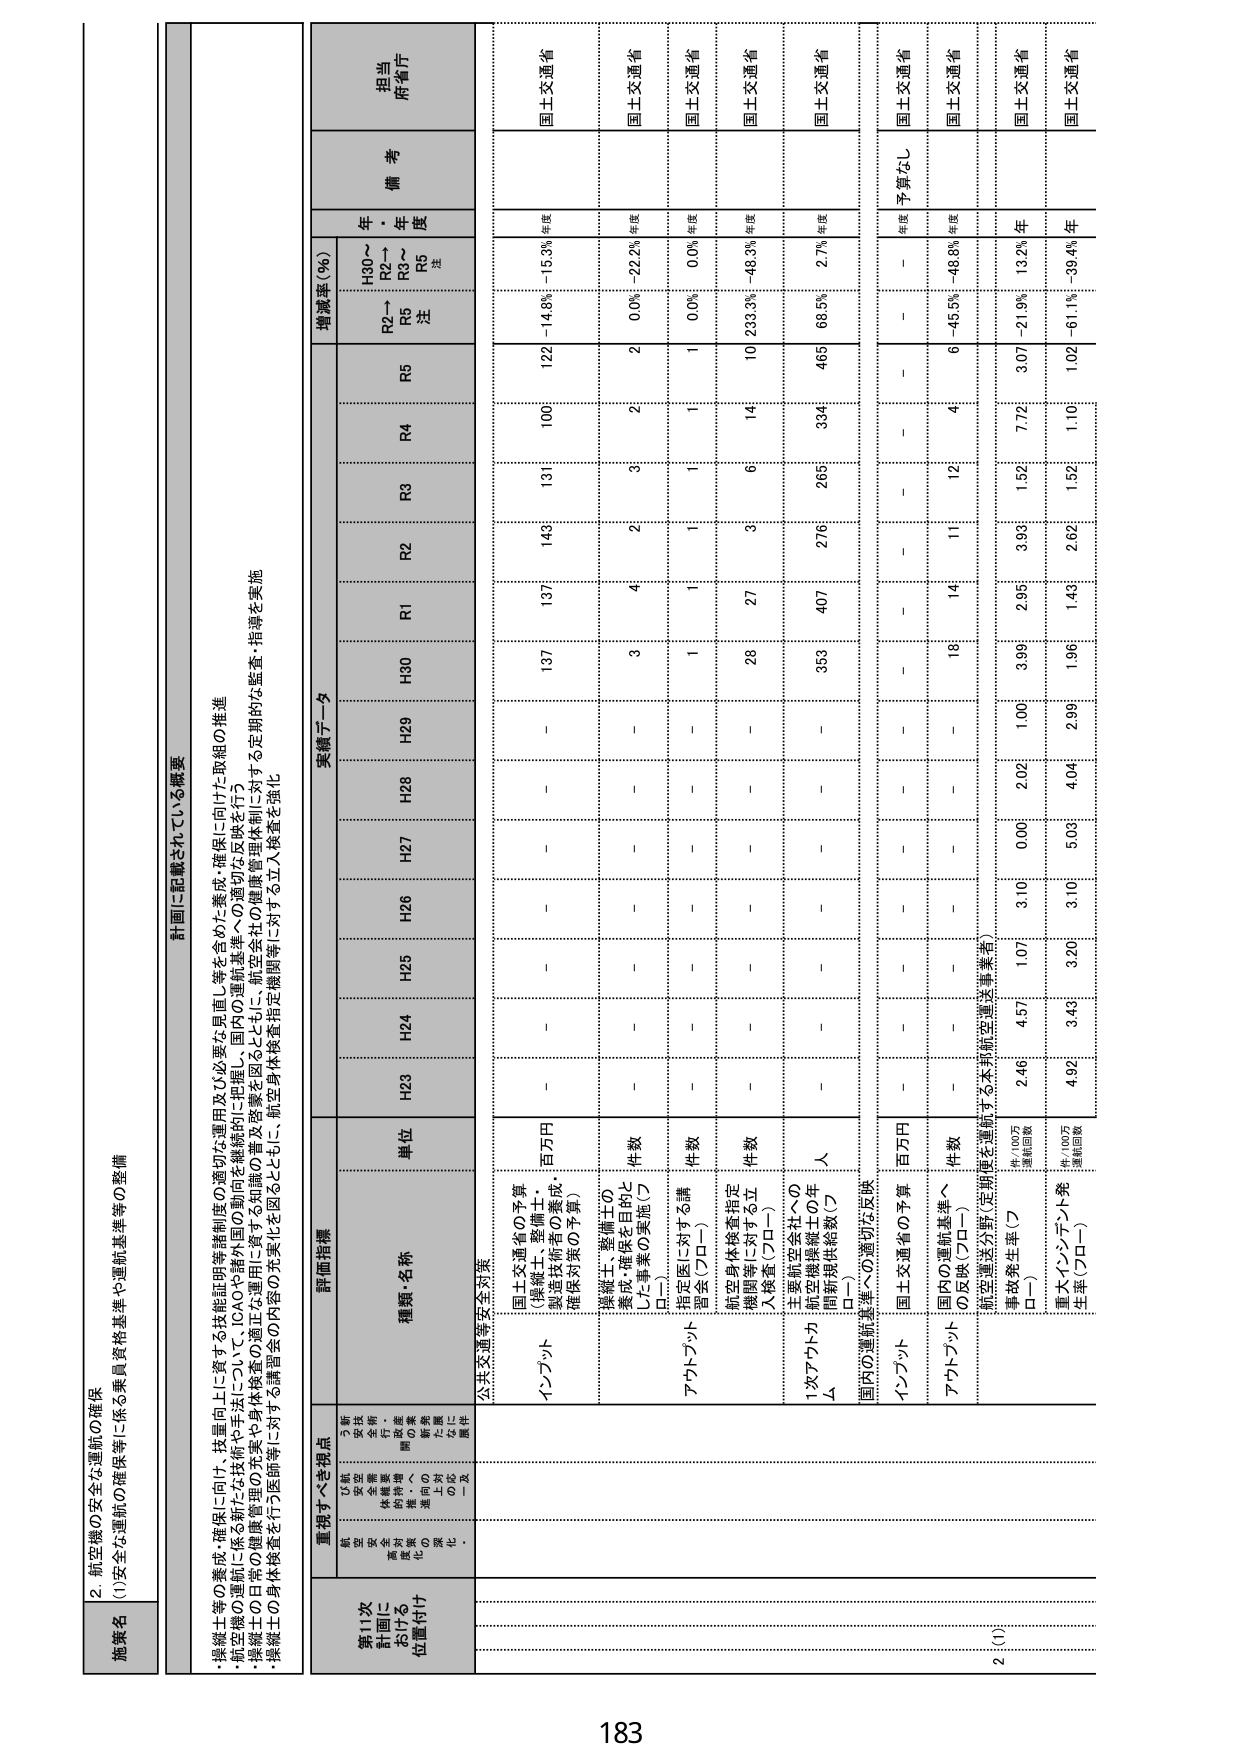
2. 航空機の安全な運航の確保
(1)安全な運航の確保等に係る乗員資格基準や運航基準等の整備

施策名

計画に記載されている概要
・操縦士等の養成・確保に向け、技量向上に資する技能証明書制度の適切な運用及び必要な見直し等を含めた養成・確保に向けた取組の推進
・航空機の運航に係る新たな技術や手法について（CIOや海外国の動向を継続的に把握）国内の運航基準への適切な反映を行う
・操縦士の日常の健康管理の充実や身体検査の適正な運用に資する知識の普及を図るとともに、航空会社の健康管理体制に対する定期的な監査・指導を実施
・操縦士の身体検査を行う医師等に対する講習会の内容の充実を図るとともに、航空身体検査等に対する立入検査を強化

重視すべき視点
新
た
な
技
術
・
手
法
の
導
入
に
対
応
し
た
基
準
の
整
備
・
安
全
性
の
確
保
・
全
体
的
な
運
航
基
準
の
整
備
・
国
際
的
な
基
準
に
対
応
し
た
整
備
・
国
内
の
運
航
基
準
に
対
応
し
た
整
備
・
国
際
的
な
基
準
に
対
応
し
た
整
備
・
新
た
な
技
術
・
手
法
の
導
入
に
対
応
し
た
基
準
の
整
備
・
安
全
性
の
確
保
・
全
体
的
な
運
航
基
準
の
整
備
・
国
際
的
な
基
準
に
対
応
し
た
整
備
・
国
内
の
運
航
基
準
に
対
応
し
た
整
備
・
国
際
的
な
基
準
に
対
応
し
た
整
備

第11次
計画に
おける
位置付け

実績データ
計画指標
種類・名称
単位
H23
H24
H25
H26
H27
H28
H29
H30
R1
R2
R3
R4
R5
R2→
R5
注
H30～
R2→
R3～
R5
注
増減率（％）
備考
担当
府・省庁

公共交通等安全対策

インプット
国土交通省の予算
（操縦士・整備士・
航空技術者の養成
確保対策の予算）
百万円
－
－
－
－
－
－
137
137
149
131
100
122
-14.8%
-15.3%
年度
国土交通省

アウトプット
操縦士・整備士の
養成・確保を目的と
した事業の実施（フ
ロ－）
件数
－
－
－
－
－
－
3
4
2
3
2
2
0.0%
-22.2%
年度
国土交通省

指定医に対する講
習会（フロ－）
件数
－
－
－
－
－
－
1
1
1
1
1
1
0.0%
0.0%
年度
国土交通省

航空身体検査指定
機関等に対する立
入検査（フロ－）
件数
－
－
－
－
－
－
28
27
3
6
14
10
233.3%
-48.3%
年度
国土交通省

1次アウトプット
主要航空会社への
航空機操縦士の年
間新規供給数（フ
ロ－）
人
－
－
－
－
－
－
353
407
276
265
334
465
68.5%
2.7%
年度
国土交通省

国内の運航基準への適切な反映

インプット
国土交通省の予算
百万円
－
－
－
－
－
－
－
－
－
－
－
－
－
－
年度
予算なし
国土交通省

アウトプット
国内の運航基準へ
の反映（フロ－）
件数
－
－
－
－
－
－
16
14
11
12
4
6
-45.5%
-48.8%
年度
国土交通省

航空運送分野（定期航空運送事業者）
事故発生率（フ
ロ－）
件/10万
運航回数
2.46
4.57
1.07
3.10
0.00
2.02
1.00
2.99
3.93
1.52
7.72
3.07
-21.9%
13.2%
年
国土交通省

重大インシデント発
生率（フロ－）
件/10万
運航回数
4.92
3.49
3.20
3.10
5.03
4.04
2.99
1.96
1.43
2.62
1.52
1.10
1.02
-61.1%
-39.4%
年
国土交通省

2 (1)

183